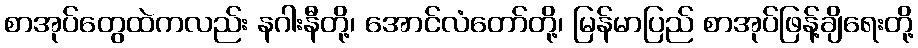
စာအုပ်တွေထဲကလည်း နဂါးနီတို့၊ အောင်လံတော်တို့၊ မြန်မာပြည် စာအုပ်ဖြန့်ချိရေးတို့